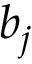
b _ { j }